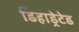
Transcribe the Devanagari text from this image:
डिहाड्रेटेड